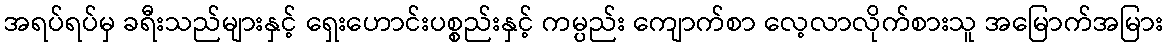
အရပ်ရပ်မှ ခရီးသည်များနှင့် ရှေးဟောင်းပစ္စည်းနှင့် ကမ္ပည်း ကျောက်စာ လေ့လာလိုက်စားသူ အမြောက်အမြား